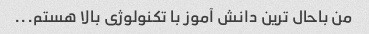
من باحال ترین دانش آموز با تکنولوژی بالا هستم...